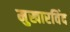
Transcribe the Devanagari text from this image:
मुखारविंद